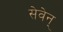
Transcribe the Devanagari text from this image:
सेवेन्